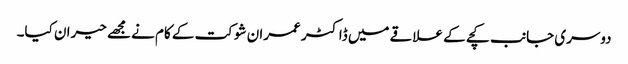
دوسری جانب کچے کے علاقے میں ڈاکٹر عمران شوکت کے کام نے مجھے حیران کیا۔